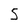
Character: S